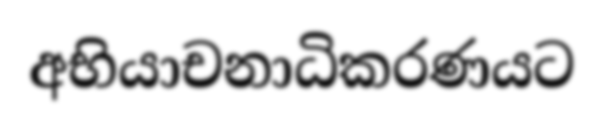
අභියාචනාධිකරණයට